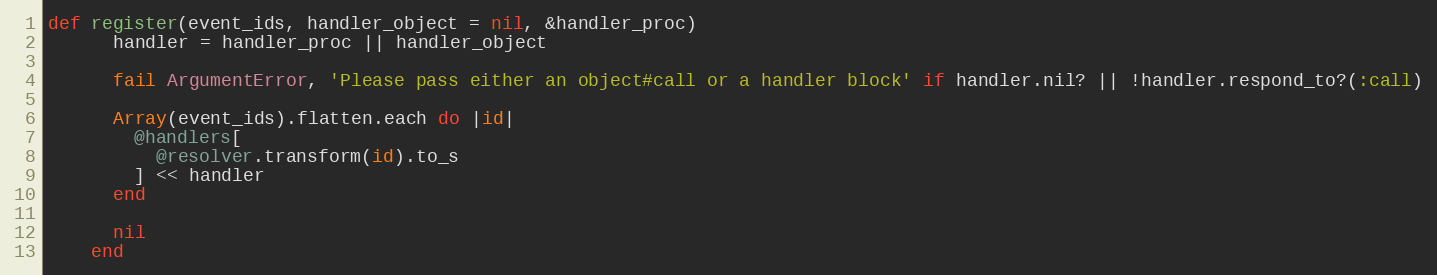
Language: Ruby
def register(event_ids, handler_object = nil, &handler_proc)
      handler = handler_proc || handler_object

      fail ArgumentError, 'Please pass either an object#call or a handler block' if handler.nil? || !handler.respond_to?(:call)

      Array(event_ids).flatten.each do |id|
        @handlers[
          @resolver.transform(id).to_s
        ] << handler
      end

      nil
    end